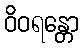
ဝိဝရန္တော